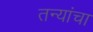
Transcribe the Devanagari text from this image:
तन्यांचा